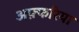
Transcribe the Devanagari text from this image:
अफ़्फरिया